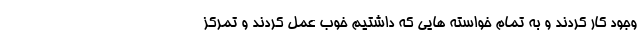
وجود کار کردند و به تمام خواسته هایی که داشتیم خوب عمل کردند و تمرکز